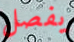
يفصل